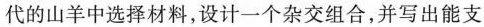
代的山羊中选择材料，设计一个杂交组合，并写出能支